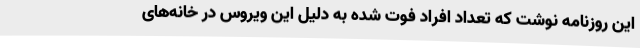
این روزنامه نوشت که تعداد افراد فوت شده به دلیل این ویروس در خانه‌های